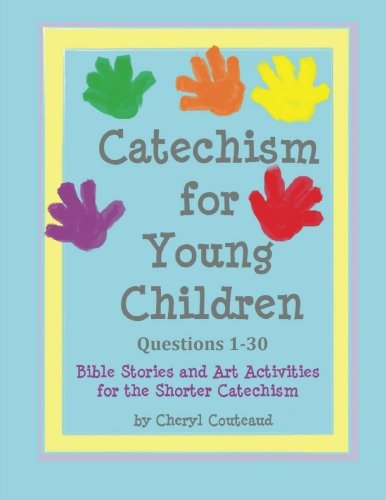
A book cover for Catechism for Young Children Questions 1-30: Bible Story and Art Activities for the Shorter Catechism ( Bible Stories and Art Activities for the Shorter Catechism for Young Children) (Volume 1); Cheryl L. Couteaud; Christian Books & Bibles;